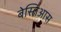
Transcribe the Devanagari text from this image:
बेस्तिआस